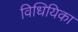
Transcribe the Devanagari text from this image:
विधियिका